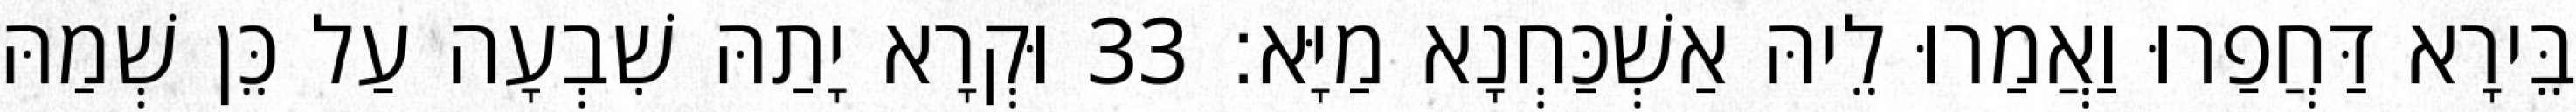
בֵּירָא דַּחֲפַרוּ וַאֲמַרוּ לֵיהּ אַשְׁכַּחְנָא מַיָּא׃ 33 וּקְרָא יָתַהּ שִׁבְעָה עַל כֵּן שְׁמַהּ